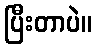
ပြီးတာပဲ။